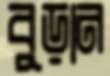
বুড়ান